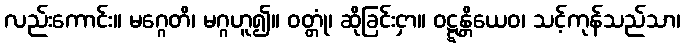
လည်းကောင်း။ မဂ္ဂေတိ၊ မဂ္ဂဟူ၍။ ဝတ္တုံ၊ ဆိုခြင်းငှာ။ ဝဋ္ဋန္တိယေဝ၊ သင့်ကုန်သည်သာ၊